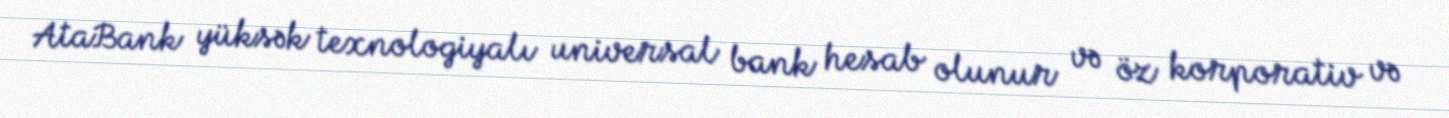
AtaBank yüksək texnologiyalı universal bank hesab olunur və öz korporativ və